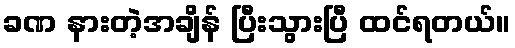
ခဏ နားတဲ့အချိန် ပြီးသွားပြီ ထင်ရတယ်။